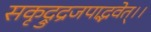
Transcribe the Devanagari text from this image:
सकृद्रुद्रजपाद्भवेत्।।